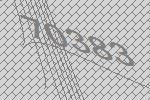
70383